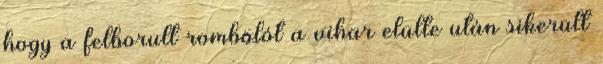
hogy a felborult rombolót a vihar elülte után sikerült